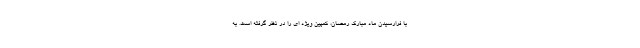
با فرارسیدن ماه مبارک رمضان، کمپین ویژه ای را در نظر گرفته است. به